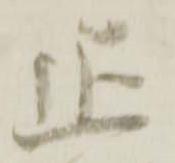
正